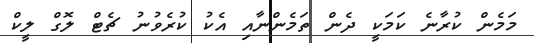
މަމެން ކުރާނެ ކަމަކީ ދެން ތަމެންނާއި އެކު ކުރެވުނު ޗެޓް ލޮގް ލީކް